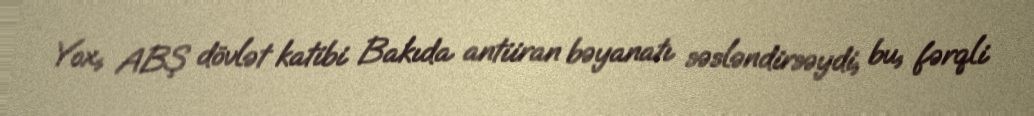
Yox, ABŞ dövlət katibi Bakıda antiiran bəyanatı səsləndirsəydi, bu, fərqli